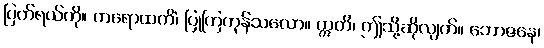
ပြက်ရယ်ကို။ ကရောထကိံ၊ ပြုကြကုန်သလော။ ဣတိ၊ ဤသို့ဆိုလျက်။ ဘောဇနေ၊